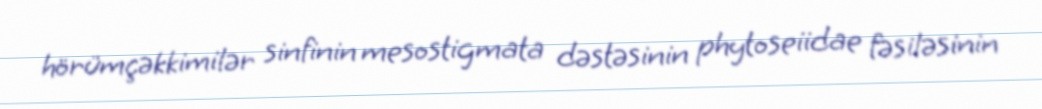
hörümçəkkimilər sinfinin mesostigmata dəstəsinin phytoseiidae fəsiləsinin